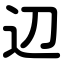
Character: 辺